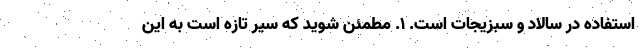
استفاده در سالاد و سبزیجات است. 1. مطمئن شوید که سیر تازه است به این